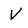
Character: V